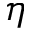
\eta